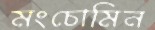
মংচোমিন